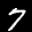
Label: 7